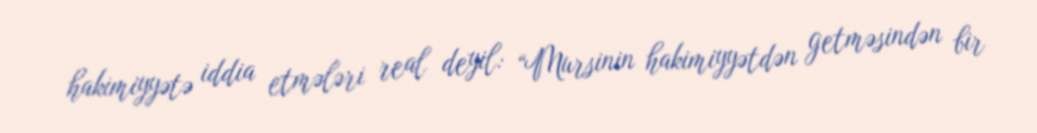
hakimiyyətə iddia etmələri real deyil: “Mursinin hakimiyyətdən getməsindən bir